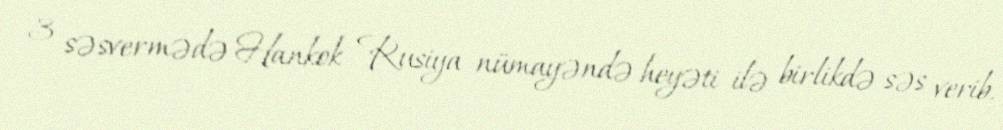
3 səsvermədə Hankok Rusiya nümayəndə heyəti ilə birlikdə səs verib.